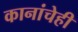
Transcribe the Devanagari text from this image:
कानांचेही